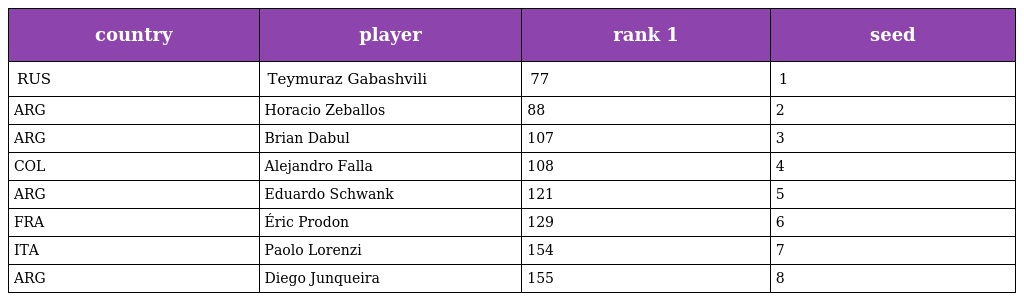
| country | player | rank 1 | seed |
 | --- | --- | --- | --- |
 | RUS | Teymuraz Gabashvili | 77 | 1 |
 | ARG | Horacio Zeballos | 88 | 2 |
 | ARG | Brian Dabul | 107 | 3 |
 | COL | Alejandro Falla | 108 | 4 |
 | ARG | Eduardo Schwank | 121 | 5 |
 | FRA | Éric Prodon | 129 | 6 |
 | ITA | Paolo Lorenzi | 154 | 7 |
 | ARG | Diego Junqueira | 155 | 8 |